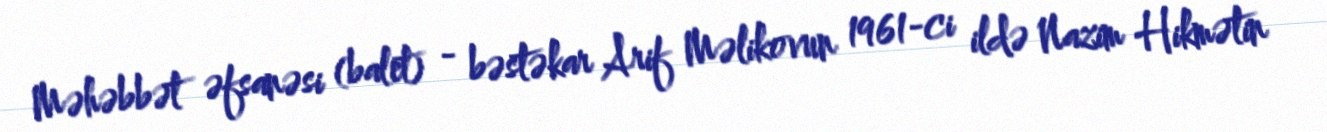
Məhəbbət əfsanəsi (balet) - bəstəkar Arif Məlikovun 1961-ci ildə Nazim Hikmətin